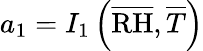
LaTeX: a_{1}=I_{1}\left(\overline{{\mathrm{RH}}},\overline{{T}}\right)